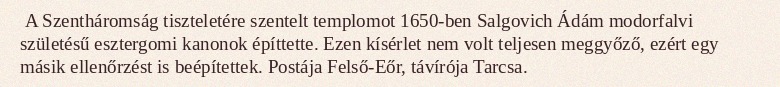
A Szentháromság tiszteletére szentelt templomot 1650-ben Salgovich Ádám modorfalvi születésű esztergomi kanonok építtette. Ezen kísérlet nem volt teljesen meggyőző, ezért egy másik ellenőrzést is beépítettek. Postája Felső-Eőr, távírója Tarcsa.